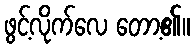
ဖွင့်လိုက်လေ တော့၏။